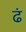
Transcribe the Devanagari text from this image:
ढं